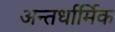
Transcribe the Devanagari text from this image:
अन्तर्धार्मिक